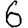
Digit: 6